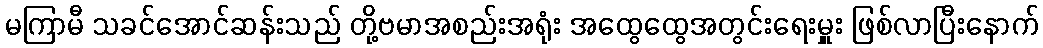
မကြာမီ သခင်အောင်ဆန်းသည် တို့ဗမာအစည်းအရုံး အထွေထွေအတွင်းရေးမှူး ဖြစ်လာပြီးနောက်